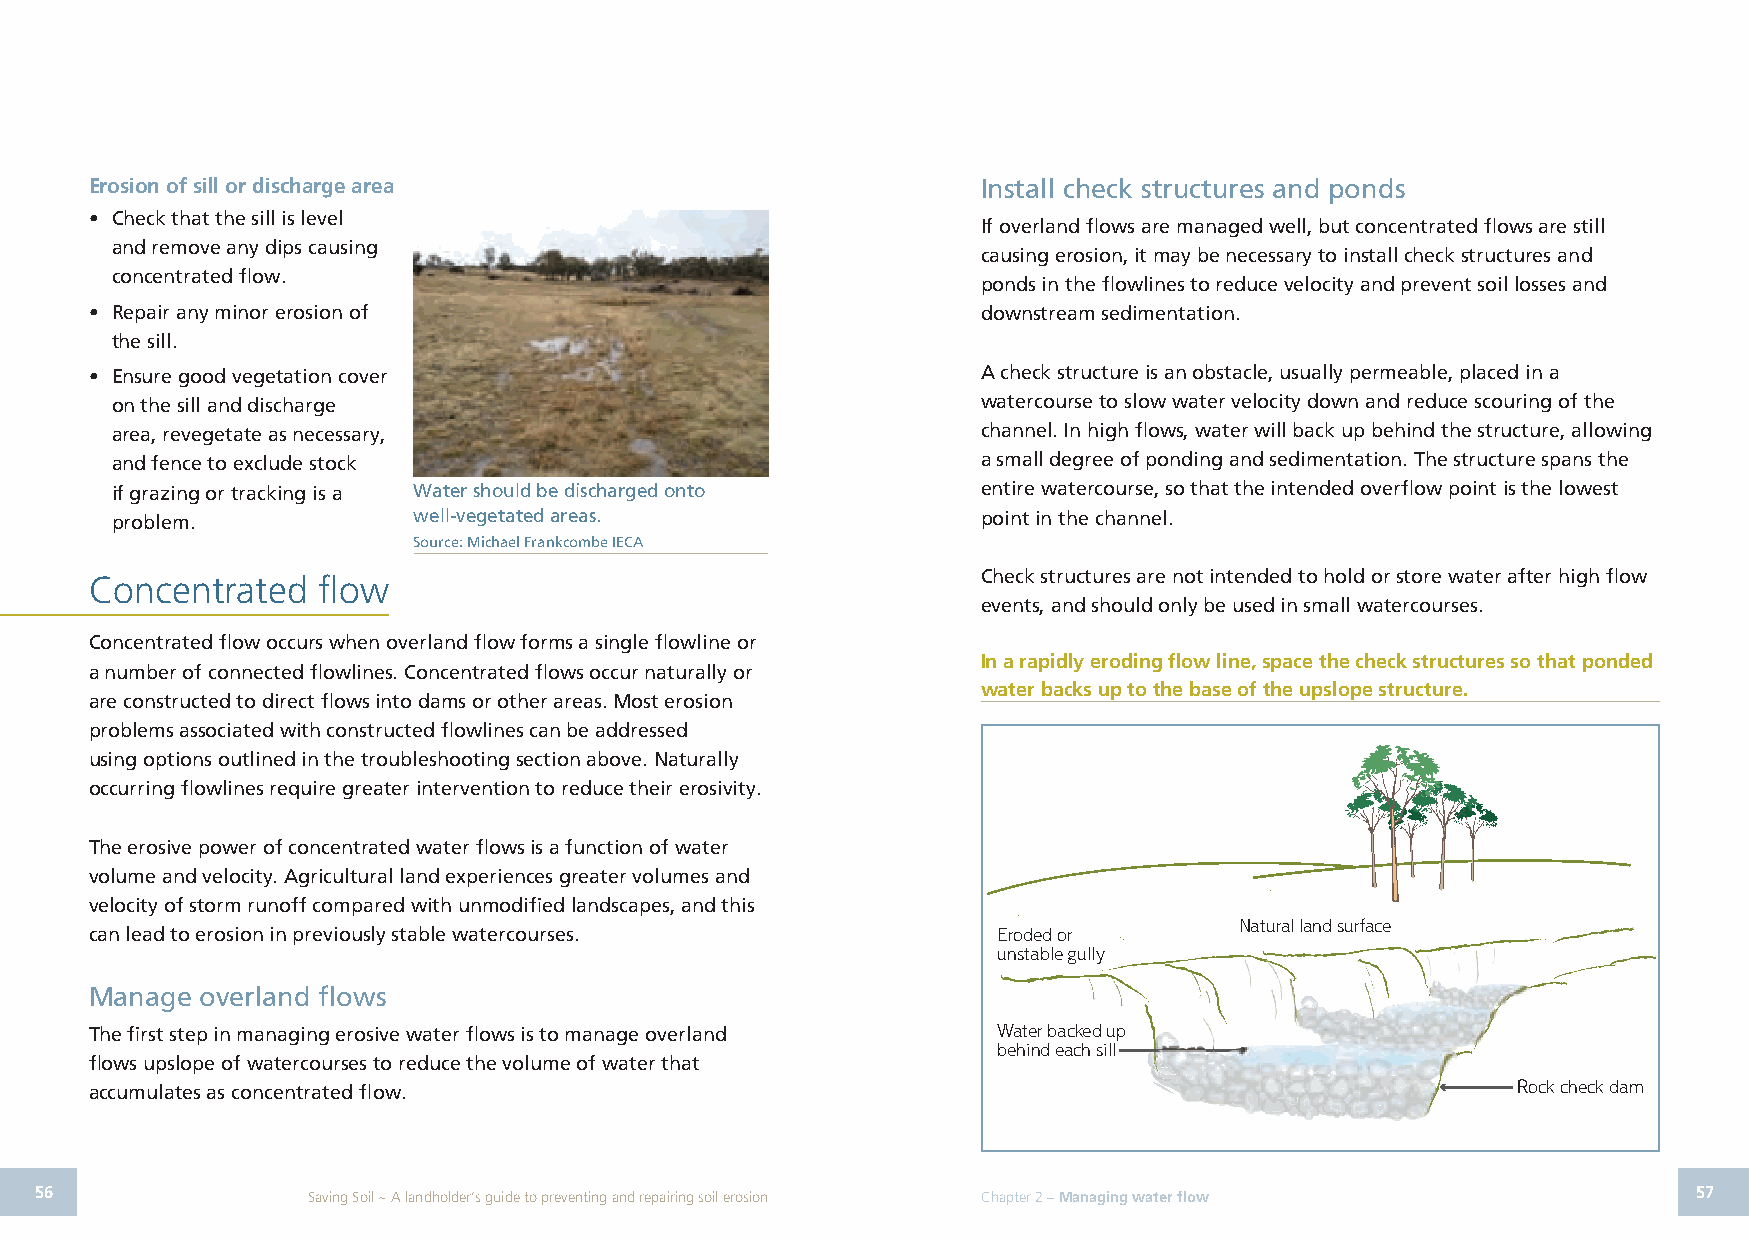
Erosion of sill or discharge area                          Install check structures and ponds
 • Check that the sill is level
 If overland flows are managed well, but concentrated flows are still
 and remove any dips causing
 causing erosion, it may be necessary to install check structures and
 concentrated flow.
 ponds in the flowlines to reduce velocity and prevent soil losses and
 • Repair any minor erosion of                              downstream sedimentation.
 the sill.
 • Ensure good vegetation cover                             A check structure is an obstacle, usually permeable, placed in a
 on the sill and discharge                                 watercourse to slow water velocity down and reduce scouring of the
 area, revegetate as necessary,                            channel. In high flows, water will back up behind the structure, allowing
 and fence to exclude stock                                a small degree of ponding and sedimentation. The structure spans the
 if grazing or tracking is a Water should be discharged onto entire watercourse, so that the intended overflow point is the lowest
 problem.            well-vegetated areas.                 point in the channel.
 Source: Michael Frankcombe IECA
 Check structures are not intended to hold or store water after high flow
 Concentrated   flow
 events, and should only be used in small watercourses.
 Concentrated flow occurs when overland flow forms a single flowline or
 In a rapidly eroding flow line, space the check structures so that ponded
 a number of connected flowlines. Concentrated flows occur naturally or
 water backs up to the base of the upslope structure.
 are constructed to direct flows into dams or other areas. Most erosion
 problems associated with constructed flowlines can be addressed
 using options outlined in the troubleshooting section above. Naturally
 occurring flowlines require greater intervention to reduce their erosivity.
 The erosive power of concentrated water flows is a function of water
 volume and velocity. Agricultural land experiences greater volumes and
 velocity of storm runoff compared with unmodified landscapes, and this
 Natural land surface
 can lead to erosion in previously stable watercourses.      Eroded or
 unstable gully
 Manage overland flows
 The first step in managing erosive water flows is to manage overland Water backed up
 behind each sill
 flows upslope of watercourses to reduce the volume of water that
 accumulates as concentrated flow.                                                             Rock check dam
 56                Saving Soil ~ A landholder’s guide to preventing and repairing soil erosion Chapter 2 – Managing water flow 57